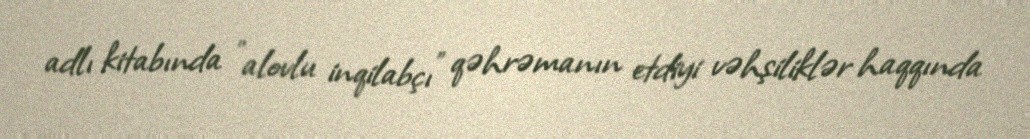
adlı kitabında "alovlu inqilabçı" qəhrəmanın etdiyi vəhşiliklər haqqında